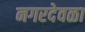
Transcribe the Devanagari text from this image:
नगरदेवळा